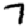
Digit: 7